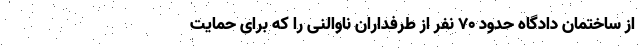
از ساختمان دادگاه حدود 70 نفر از طرفداران ناوالنی را که برای حمایت